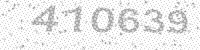
Solution: 410639